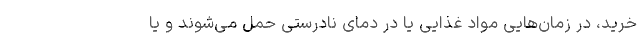
خرید، در زمان‌هایی مواد غذایی یا در دمای نادرستی حمل می‌شوند و یا